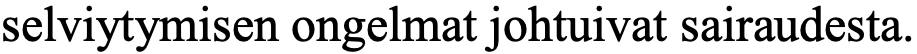
selviytymisen ongelmat johtuivat sairaudesta.